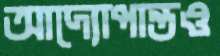
আদ্যোপান্তও